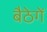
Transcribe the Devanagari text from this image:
बैठेगें